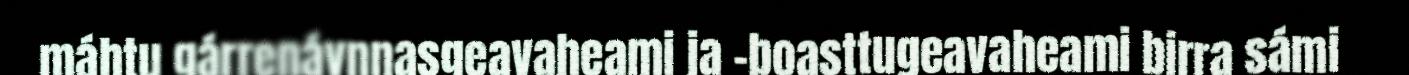
máhtu gárrenávnnasgeavaheami ja –boasttugeavaheami birra sámi